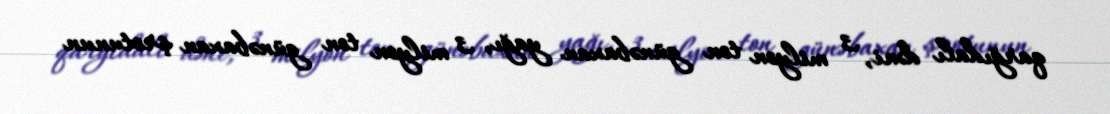
qarğıdalı dəni, 3 milyon ton günəbaxan yağı, 3 milyon ton günəbaxan şrotunun